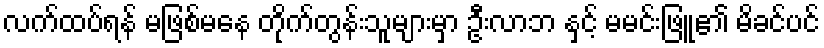
လက်ထပ်ရန် မဖြစ်မနေ တိုက်တွန်းသူများမှာ ဦးလာဘ နှင့် မမင်းဖြူ၏ မိခင်ပင်